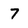
Character: 7